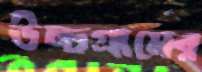
উচ্চগ্রামের